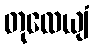
တုလေယျံ